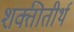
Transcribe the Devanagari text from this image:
शक्तीतीर्थ